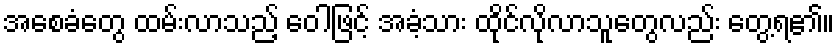
အစေခံတွေ ထမ်းလာသည့် ဝေါဖြင့် အခံ့သား ထိုင်လိုလာသူတွေလည်း တွေ့ရ၏။